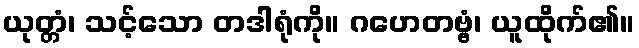
ယုတ္တံ၊ သင့်သော တဒါရုံကို။ ဂဟေတဗ္ဗံ၊ ယူထိုက်၏။